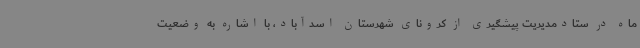
ماه در ستادمدیریت پیشگیری از کرونای شهرستان اسدآباد، با اشاره به وضعیت